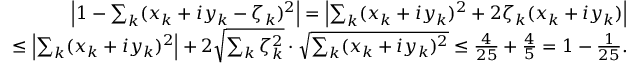
\begin{array} { r } { \left| 1 - \sum _ { k } ( x _ { k } + i y _ { k } - \zeta _ { k } ) ^ { 2 } \right| = \left| \sum _ { k } ( x _ { k } + i y _ { k } ) ^ { 2 } + 2 \zeta _ { k } ( x _ { k } + i y _ { k } ) \right| } \\ { \leq \left| \sum _ { k } ( x _ { k } + i y _ { k } ) ^ { 2 } \right| + 2 \sqrt { \sum _ { k } \zeta _ { k } ^ { 2 } } \cdot \sqrt { \sum _ { k } ( x _ { k } + i y _ { k } ) ^ { 2 } } \leq \frac { 4 } { 2 5 } + \frac { 4 } { 5 } = 1 - \frac { 1 } { 2 5 } . } \end{array}